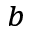
^ { b }